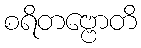
စရိတဗ္ဗောတိ